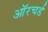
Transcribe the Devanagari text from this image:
ऑरचर्ड